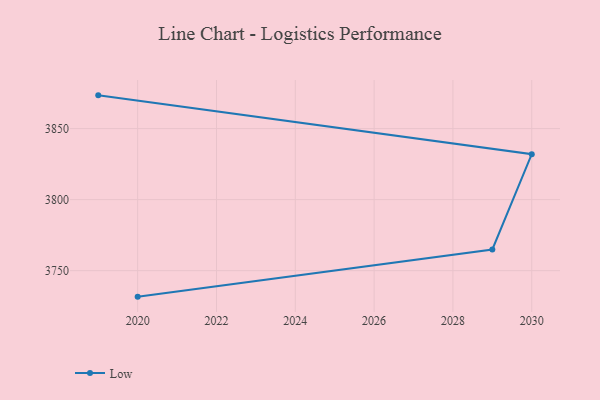
{"axis": {"x": "Year", "y": "Headcount"}, "legend": ["Low"], "data": [{"x": "2020", "y": 3731.7, "type": "Low"}, {"x": "2029", "y": 3764.9, "type": "Low"}, {"x": "2030", "y": 3832.0, "type": "Low"}, {"x": "2019", "y": 3873.4, "type": "Low"}]}